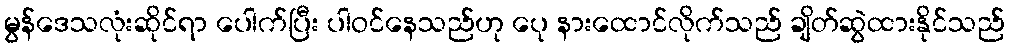
မွန်ဒေသလုံးဆိုင်ရာ ပေါက်ပြီး ပါဝင်နေသည်ဟု ပေု နားထောင်လိုက်သည် ချိတ်ဆွဲထားနိုင်သည်